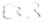
Text: E3.3